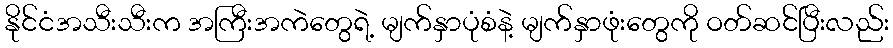
နိုင်ငံအသီးသီးက အကြီးအကဲတွေရဲ့ မျက်နှာပုံစံနဲ့ မျက်နှာဖုံးတွေကို ဝတ်ဆင်ပြီးလည်း